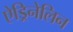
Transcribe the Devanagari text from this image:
ऐड्रिनेलिन